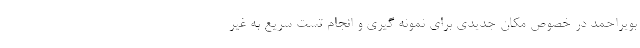
بویراحمد در خصوص مکان جدیدی برای نمونه گیری و انجام تست سریع به غیر